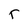
Character: r